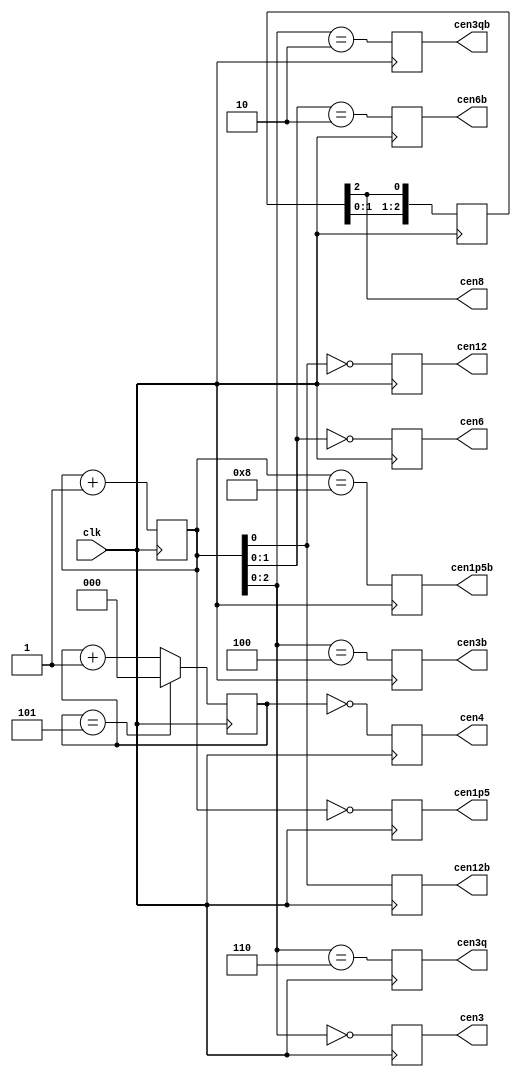
// This program was cloned from: https://github.com/jotego/jtcores
// License: GNU General Public License v3.0

/*  This file is part of JTFRAME.
    JTFRAME program is free software: you can redistribute it and/or modify
    it under the terms of the GNU General Public License as published by
    the Free Software Foundation, either version 3 of the License, or
    (at your option) any later version.

    JTFRAME program is distributed in the hope that it will be useful,
    but WITHOUT ANY WARRANTY; without even the implied warranty of
    MERCHANTABILITY or FITNESS FOR A PARTICULAR PURPOSE.  See the
    GNU General Public License for more details.

    You should have received a copy of the GNU General Public License
    along with JTFRAME.  If not, see <http://www.gnu.org/licenses/>.

    Author: Jose Tejada Gomez. Twitter: @topapate
    Version: 1.0
    Date: 6-12-2019 */

// Input clock must be 24 MHz
// Generates various clock enable signals

module jtframe_cen24(
    input   clk,    // 24 MHz
    output  reg cen12,
    output      cen8,
    output  reg cen6,
    output  reg cen4,
    output  reg cen3,
    output  reg cen3q, // 1/4 advanced with respect to cen3
    output  reg cen1p5,
    // 180 shifted signals
    output  reg cen12b,
    output  reg cen6b,
    output  reg cen3b,
    output  reg cen3qb,
    output  reg cen1p5b
);

reg [3:0] cencnt =4'd0;
reg [2:0] cencnt3=3'd0;
reg [2:0] cencnt8=3'd1;

assign cen8 = cencnt8[2];

always @(posedge clk) begin
    cencnt  <= cencnt+4'd1;
    cencnt3 <= cencnt3==3'd5 ? 3'd0 : (cencnt3+3'd1);
    cencnt8 <= { cencnt8[1:0], cencnt8[2] };
end

always @(posedge clk) begin
    cen12  <= cencnt[0] == 1'd0;
    cen12b <= cencnt[0] == 1'd1;
    cen4   <= cencnt3     == 3'd0;
    cen6   <= cencnt[1:0] == 2'd0;
    cen6b  <= cencnt[1:0] == 2'd2;
    cen3   <= cencnt[2:0] == 3'd0;
    cen3b  <= cencnt[2:0] == 3'h4;
    cen3q  <= cencnt[2:0] == 3'b110;
    cen3qb <= cencnt[2:0] == 3'b010;
    cen1p5 <= cencnt[3:0] == 4'd0;
    cen1p5b<= cencnt[3:0] == 4'b1000;
end
endmodule